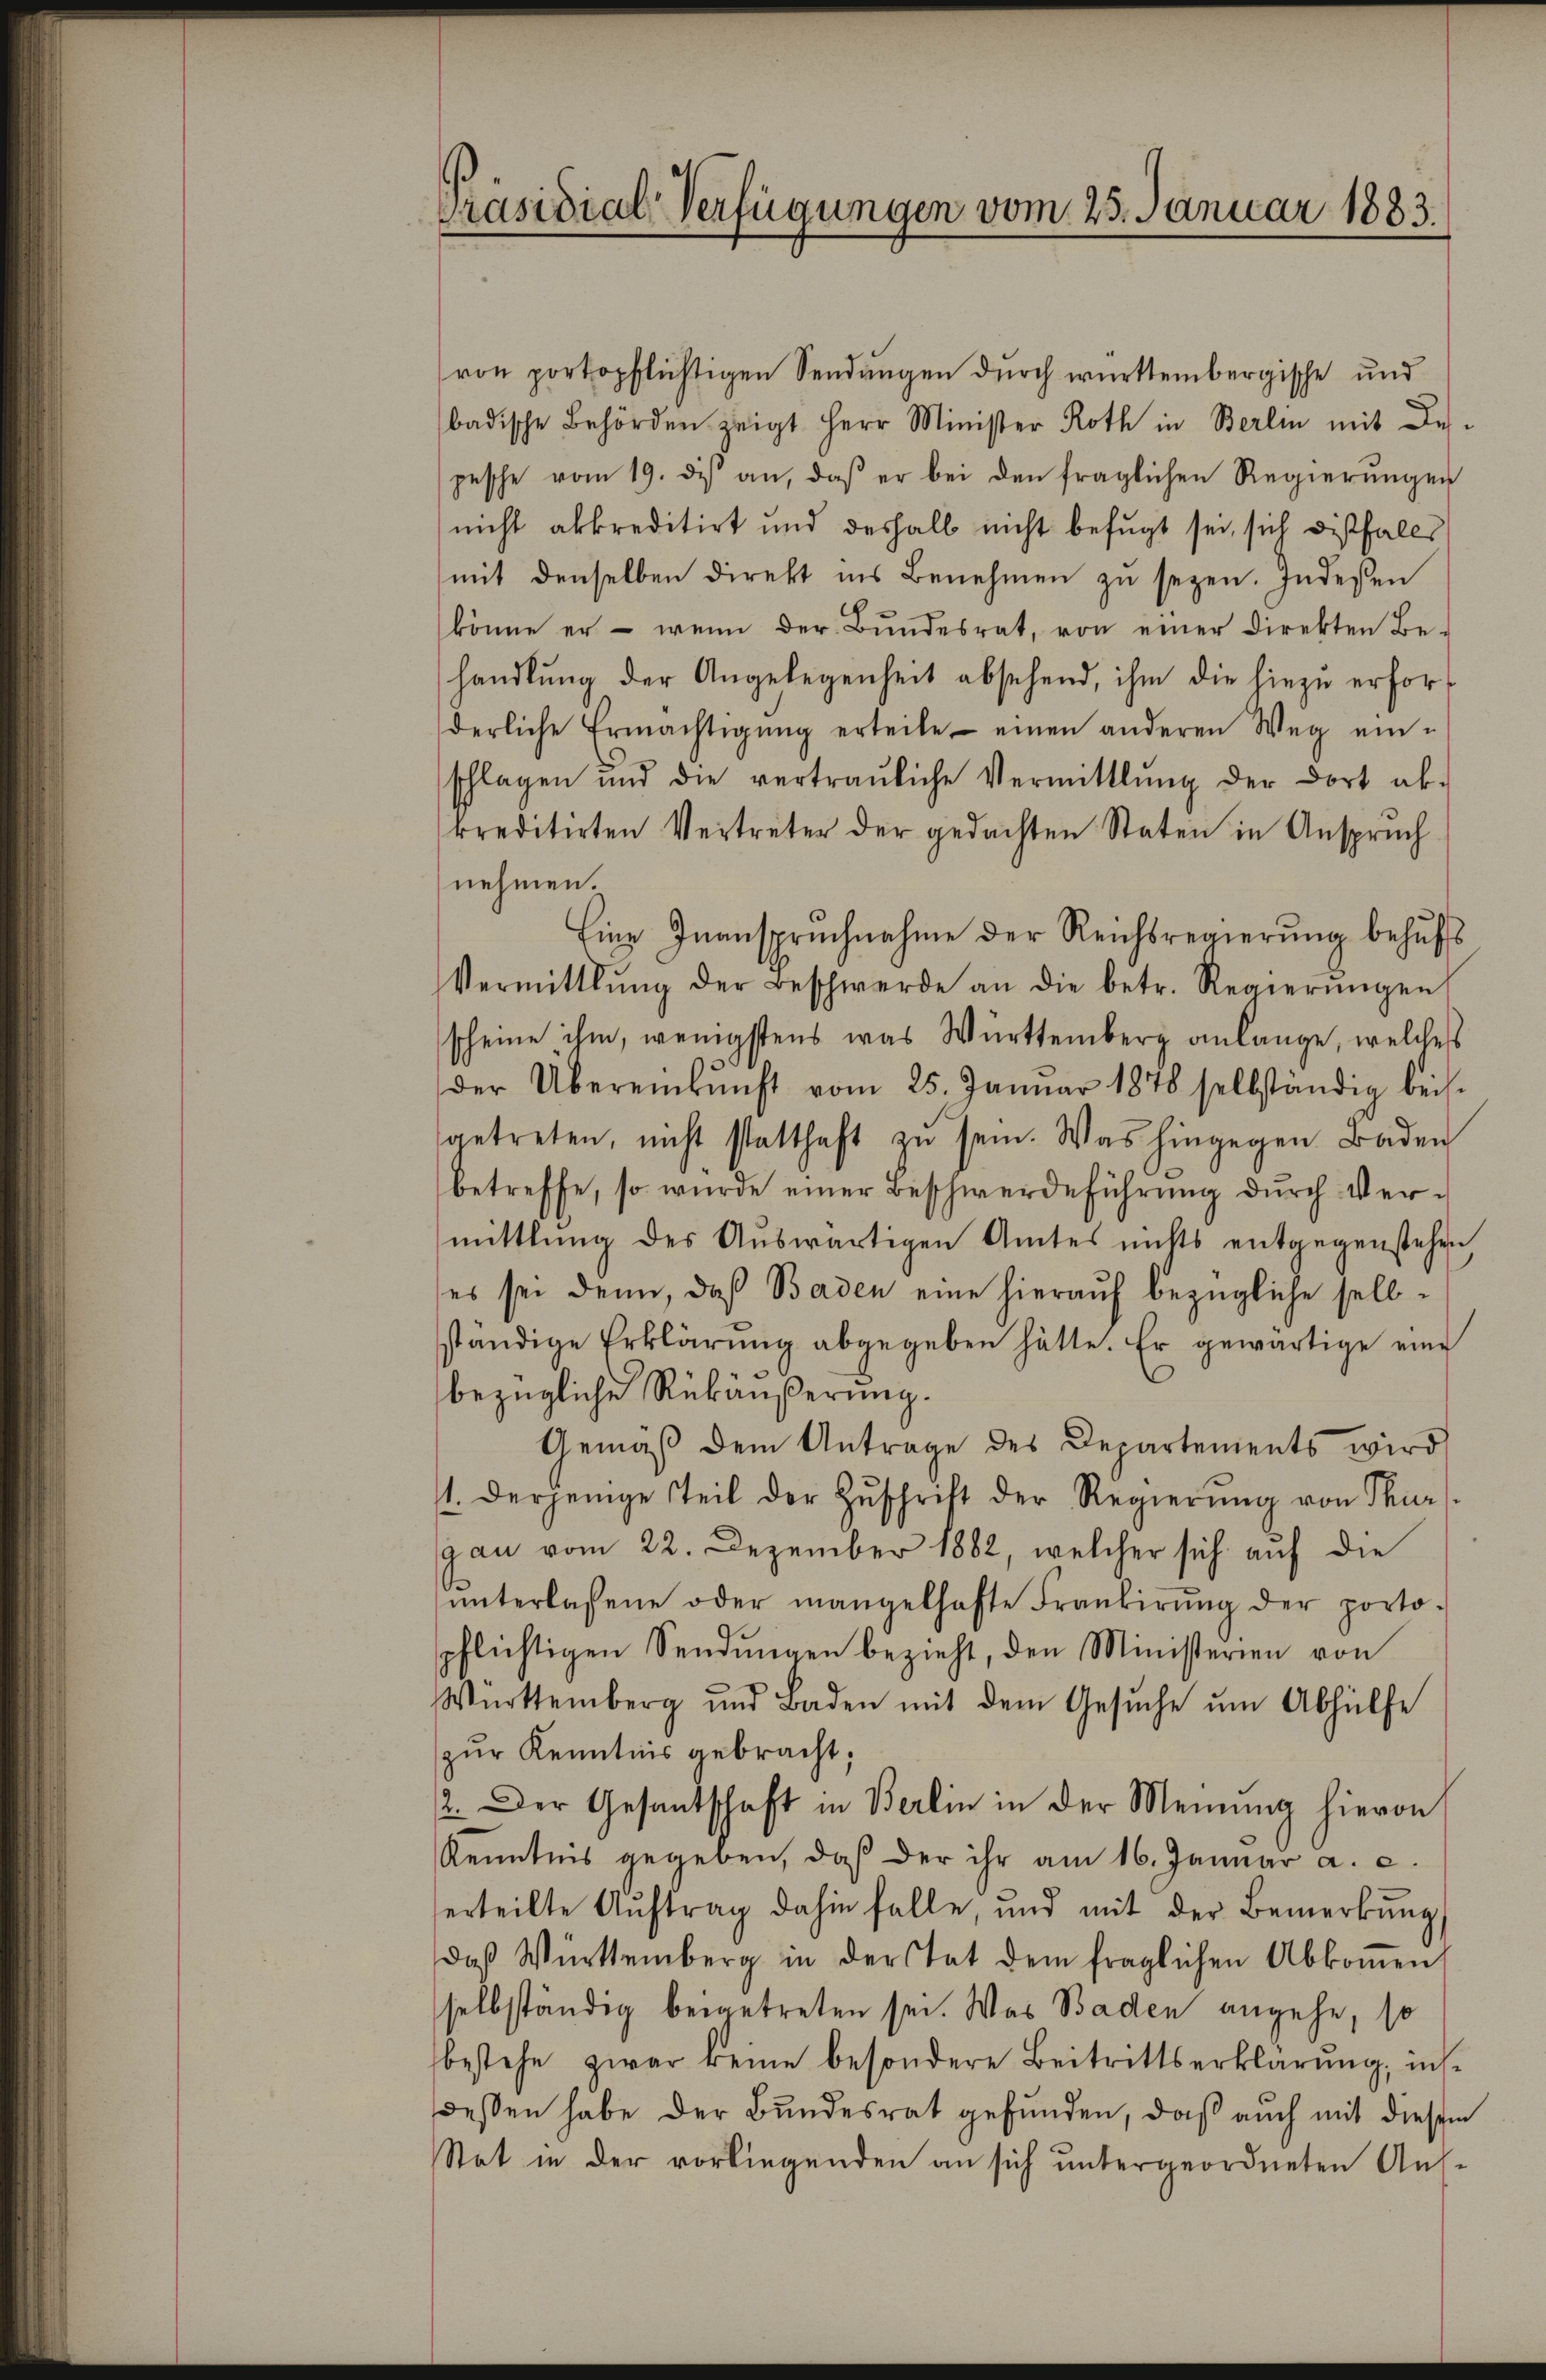
Präsidial-Verfügungen vom 25. Januar 1883.

von portopflichtigen Sendungen durch württembergische und
badische Behörden zeigt Herr Minister Roth in Berlin mit despesche vom 19. des an, daß er bei den fraglichen Regierŭngen
nicht abkreditirt und deshalb nicht befugt sei, sich diesfalls
mit denselben direkt ins Benehmen zŭ seyen. Indeßen
könne er - wenn der Bŭndesrat, von einer Direkten Be-
handlŭng der Angelegenheit absehend, ihm die hiezŭ erforderliche Ermächtigŭng erteile einen anderen Weg ein-
schlagen und die vertraŭliche Vermittlung der dort ab-
kreditirten Vertreter der gedachten Staten in Anspruch
nehmen.
Eine Inanspruchnahme der Reichsregierŭng behŭfs
Vermittlung der Beschwerde an die betr. Regierŭngen
scheine ihm, wenigstens was Württemberg anlange, welches
der Übereinkunft vom 25. Januar 1878 selbständig bei.
getreten, nicht statthaft zu sein. Was hingegen Baden
betreffe, so würde einer Beschwerdeführŭng dŭrch Vermittlung des Auswärtigen Amtes nichts entgegenstehen,
es sei denn, daß Baden eine hierauf bezügliche selbständige Erklärŭng abgegeben hätte. Er gewärtige eine
bezügliche Rükäußerung.
Gemäβ dem Antrage des Departements wird
1. Derjenige Teil der Zuschrift der Regierung von Thur
gan vom 22. Dezember 1882, welcher sich auf die
ŭnterlassene oder mangelhafte Frankierŭng der porto-
pflichtigen Sendŭngen bezieht, den Ministerien von
Württemberg und Baden mit dem Gesŭche ŭm Abhülfe
zur Kenntnis gebracht;
2. Der Gesantschaft in Berlin in der Meinung hievon
Kenntnis gegeben, daß der ihr am 16. Januar a. c.
erteilte Aŭftrag dahin falle, und mit der Bemerkŭng
daβ Württemberg in derstat dem fraglichen Abkoṁen,
selbständig beigetreten sei. Was Baden angehe, so
bestehe zwar keine besondere Beitrittserklärung, insdessen habe der Bundesrat gefunden, daß auch mit diesem
Stat in der vorliegenden an sich untergeordneten Aus-